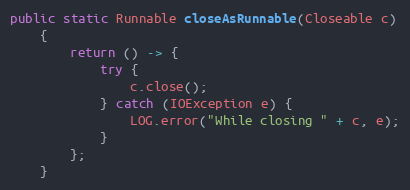
Language: Java
public static Runnable closeAsRunnable(Closeable c)
    {
        return () -> {
            try {
                c.close();
            } catch (IOException e) {
                LOG.error("While closing " + c, e);
            }
        };
    }